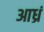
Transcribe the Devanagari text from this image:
आध्रं